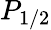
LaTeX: P_{1/2}